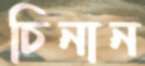
চিনান